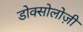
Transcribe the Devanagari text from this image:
डोक्सोलोज़ी